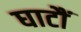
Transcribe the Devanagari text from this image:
घाटौं